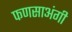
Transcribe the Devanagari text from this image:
फणसाअंगी